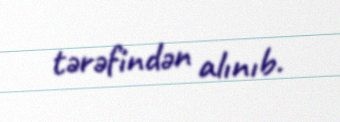
tərəfindən alınıb.